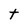
Character: t